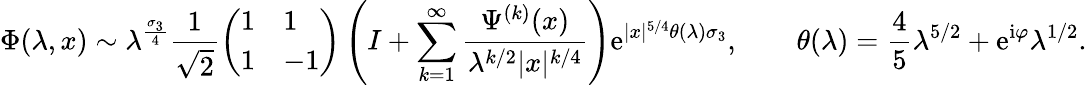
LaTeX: \Phi(\lambda,x)\sim\lambda^{\frac{\sigma_{3}}{4}}\frac{1}{\sqrt{2}}\left(\begin{array}{ll}{1}&{1}\\ {1}&{-1}\end{array}\right)\left(I+\sum_{k=1}^{\infty}\frac{\Psi^{(k)}(x)}{\lambda^{k/2}|x|^{k/4}}\right)\mathrm{e}^{|x|^{5/4}\theta(\lambda)\sigma_{3}},\qquad\theta(\lambda)=\frac{4}{5}\lambda^{5/2}+\mathrm{e}^{\mathrm{i}\varphi}\lambda^{1/2}.